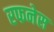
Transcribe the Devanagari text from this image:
रफनेस